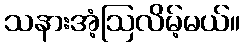
သနားအံ့ဩလိမ့်မယ်။